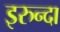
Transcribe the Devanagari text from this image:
इरुन्दा